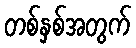
တစ်နှစ်အတွက်